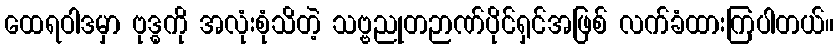
ထေရဝါဒမှာ ဗုဒ္ဓကို အလုံးစုံသိတဲ့ သဗ္ဗညုတဉာဏ်ပိုင်ရှင်အဖြစ် လက်ခံထားကြပါတယ်။